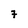
Character: 7